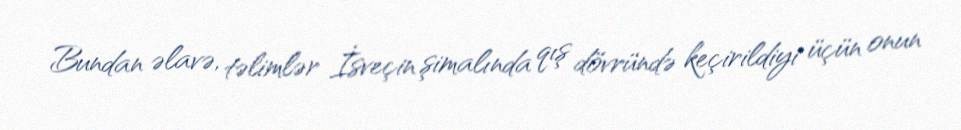
Bundan əlavə, təlimlər İsveçin şimalında qış dövründə keçirildiyi üçün onun